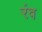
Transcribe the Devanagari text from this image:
रंव